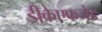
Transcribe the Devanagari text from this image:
डीकेएफजेड